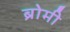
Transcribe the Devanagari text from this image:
ब्रोमी